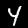
Label: 4